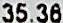
35.36